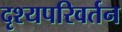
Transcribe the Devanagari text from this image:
दृश्यपरिवर्तन